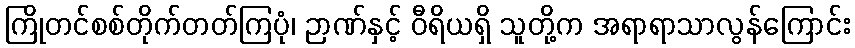
ကြိုတင်စစ်တိုက်တတ်ကြပုံ၊ ဉာဏ်နှင့် ဝီရိယရှိ သူတို့က အရာရာသာလွန်ကြောင်း